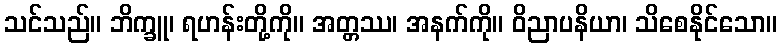
သင်သည်။ ဘိက္ခူ၊ ရဟန်းတို့ကို။ အတ္တဿ၊ အနက်ကို။ ဝိညာပနိယာ၊ သိစေနိုင်သော။